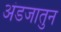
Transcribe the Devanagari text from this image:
अंडजातुन